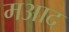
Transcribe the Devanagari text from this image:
मआद